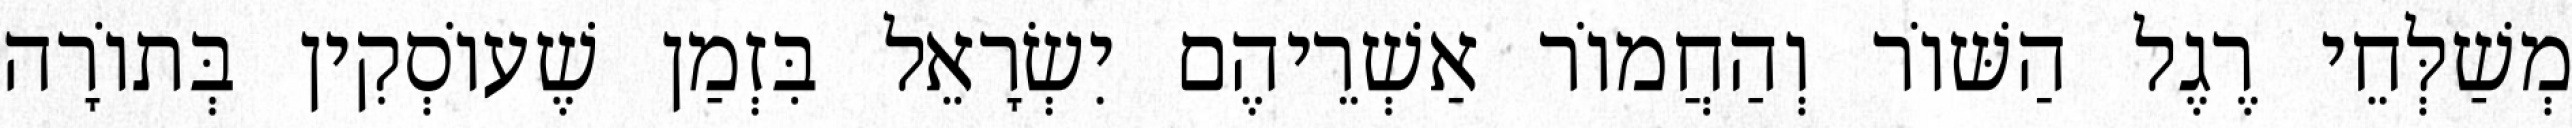
מְשַׁלְּחֵי רֶגֶל הַשּׁוֹר וְהַחֲמוֹר אַשְׁרֵיהֶם יִשְׂרָאֵל בִּזְמַן שֶׁעוֹסְקִין בְּתוֹרָה